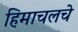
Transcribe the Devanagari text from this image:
हिमाचलचे